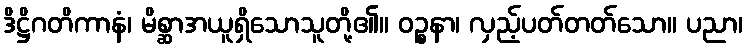
ဒိဋ္ဌိဂတိကာနံ၊ မိစ္ဆာအယူရှိသောသူတို့၏။ ဝဉ္စနာ၊ လှည့်ပတ်တတ်သော။ ပညာ၊